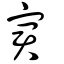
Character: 宭